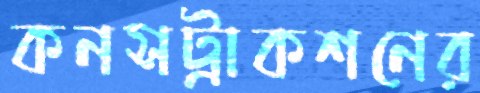
কনসট্রাকশনের